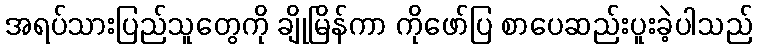
အရပ်သားပြည်သူတွေကို ချိုမြိန်ကာ ကိုဖော်ပြ စာပေဆည်းပူးခဲ့ပါသည်